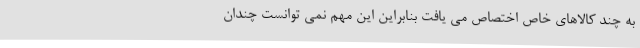
به چند کالاهای خاص اختصاص می یافت بنابراین این مهم نمی توانست چندان